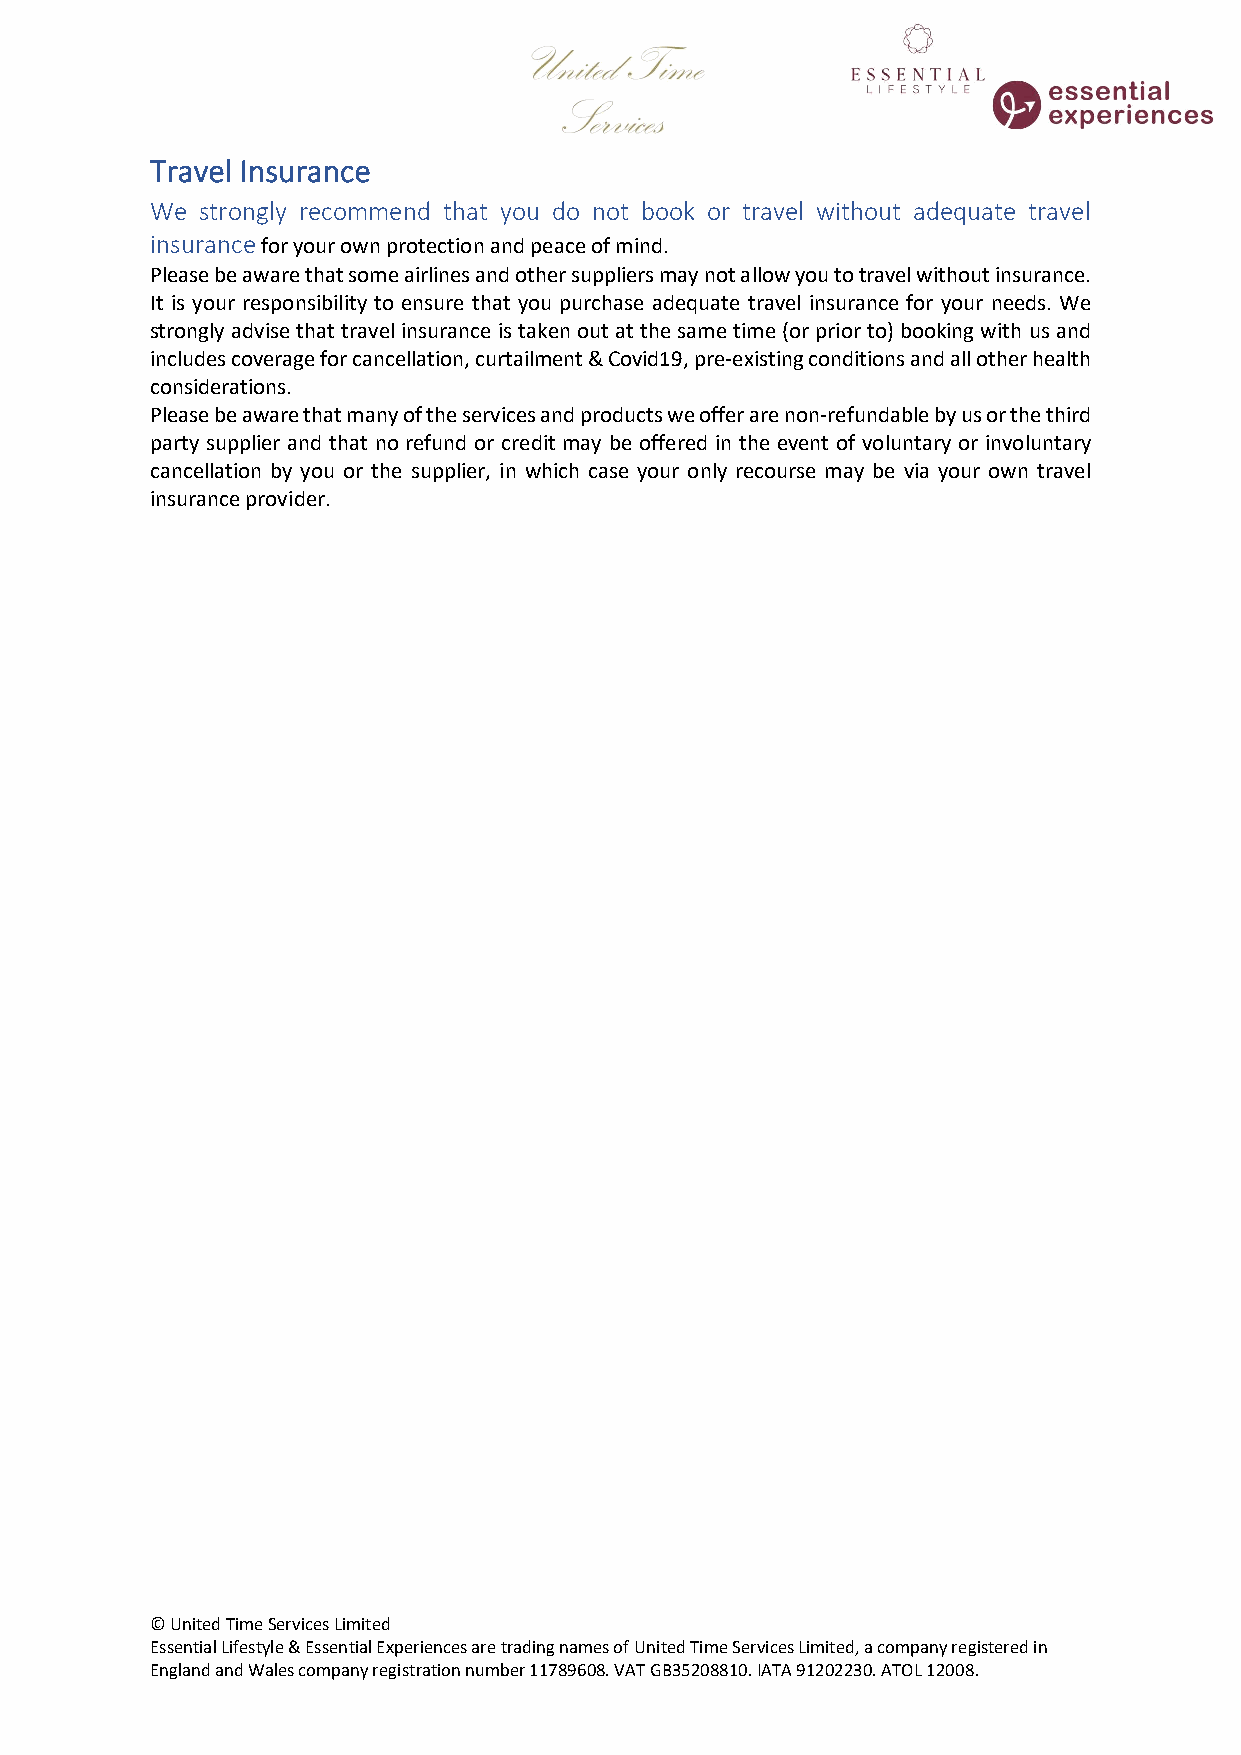
Travel Insurance
 We strongly recommend that you do not book or travel without adequate travel
 insurance for your own protection and peace of mind.
 Please be aware that some airlines and other suppliers may not allow you to travel without insurance.
 It is your responsibility to ensure that you purchase adequate travel insurance for your needs. We
 strongly advise that travel insurance is taken out at the same time (or prior to) booking with us and
 includes coverage for cancellation, curtailment & Covid19, pre-existing conditions and all other health
 considerations.
 Please be aware that many of the services and products we offer are non-refundable by us or the third
 party supplier and that no refund or credit may be offered in the event of voluntary or involuntary
 cancellation by you or the supplier, in which case your only recourse may be via your own travel
 insurance provider.
 © United Time Services Limited
 Essential Lifestyle & Essential Experiences are trading names of United Time Services Limited, a company registered in
 England and Wales company registration number 11789608. VAT GB35208810. IATA 91202230. ATOL 12008.